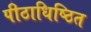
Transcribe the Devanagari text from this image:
पीठाधिष्ठित